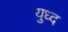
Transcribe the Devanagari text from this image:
युध्‍द